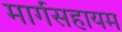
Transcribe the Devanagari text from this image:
मार्गसहायम